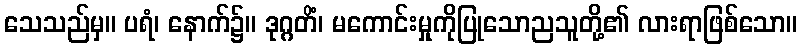
သေသည်မှ။ ပရံ၊ နောက်၌။ ဒုဂ္ဂတိံ၊ မကောင်းမှုကိုပြုသောညသူတို့၏ လားရာဖြစ်သော။